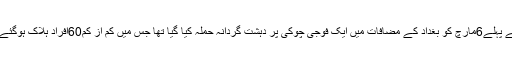
اس سے پہلے6مارچ کو بغداد کے مضافات میں ایک فوجی چوکی پر دہشت گردانہ حملہ کیا گیا تھا جس میں کم از کم60افراد ہلاک ہوگئے تھے۔